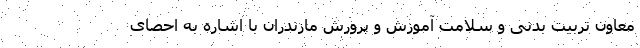
معاون تربیت بدنی و سلامت آموزش و پرورش مازندران با اشاره به احصای